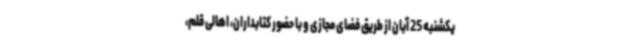
یکشنبه 25 آبان از طریق فضای مجازی و با حضور کتابداران، اهالی قلم،